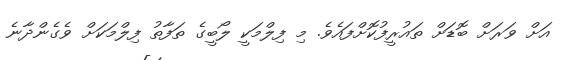
އަށް ވަރަށް ބޮޑަށް ތައުރީފުކޮށްފައެވެ. މި ފިލްމަކީ ލޯބީގެ ތަފާތު ފިލްމަކަށް ވެގެންދާނެ